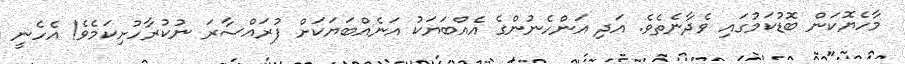
މާހެޔޮކަން ބޮޑުކަމުގައި ވެދާނެތެވެ. އަދި އަންހެނުންގެ އެއްބަޔަކު އަނެއްބަޔަކަށް ފުރައްސާރަ ނުކުރާހުށިކަމެވެ! އެހެނީ